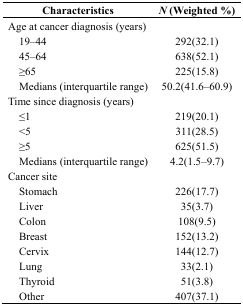
<table><thead><tr><td><b>Characteristics</b></td><td><b><i>N</i> (Weighted %)</b></td></tr></thead><tbody><tr><td>Age at cancer diagnosis (years)</td><td></td></tr><tr><td> 19–44</td><td>292(32.1)</td></tr><tr><td> 45–64</td><td>638(52.1)</td></tr><tr><td> ≥65 </td><td>225(15.8)</td></tr><tr><td> Medians (interquartile range)</td><td>50.2(41.6–60.9)</td></tr><tr><td>Time since diagnosis (years)</td><td></td></tr><tr><td> ≤1</td><td>219(20.1)</td></tr><tr><td> &lt;5</td><td>311(28.5)</td></tr><tr><td> ≥5</td><td>625(51.5)</td></tr><tr><td> Medians (interquartile range)</td><td>4.2(1.5–9.7)</td></tr><tr><td>Cancer site</td><td></td></tr><tr><td> Stomach</td><td>226(17.7)</td></tr><tr><td> Liver</td><td>35(3.7)</td></tr><tr><td> Colon</td><td>108(9.5)</td></tr><tr><td> Breast</td><td>152(13.2)</td></tr><tr><td> Cervix</td><td>144(12.7)</td></tr><tr><td> Lung</td><td>33(2.1)</td></tr><tr><td> Thyroid</td><td>51(3.8)</td></tr><tr><td> Other</td><td>407(37.1)</td></tr></tbody></table>